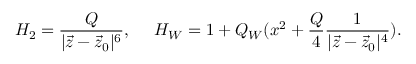
H _ { 2 } = { \frac { Q } { | \vec { z } - \vec { z } _ { 0 } | ^ { 6 } } } , \ \ \ \ H _ { W } = 1 + Q _ { W } ( x ^ { 2 } + { \frac { Q } { 4 } } { \frac { 1 } { | \vec { z } - \vec { z } _ { 0 } | ^ { 4 } } } ) .